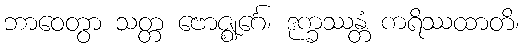
ဘာဝေတွာ သတ္တ ဗောဇ္ဈင်္ဂေ၊ ဒုက္ခဿန္တံ ကရိဿထာတိ၊